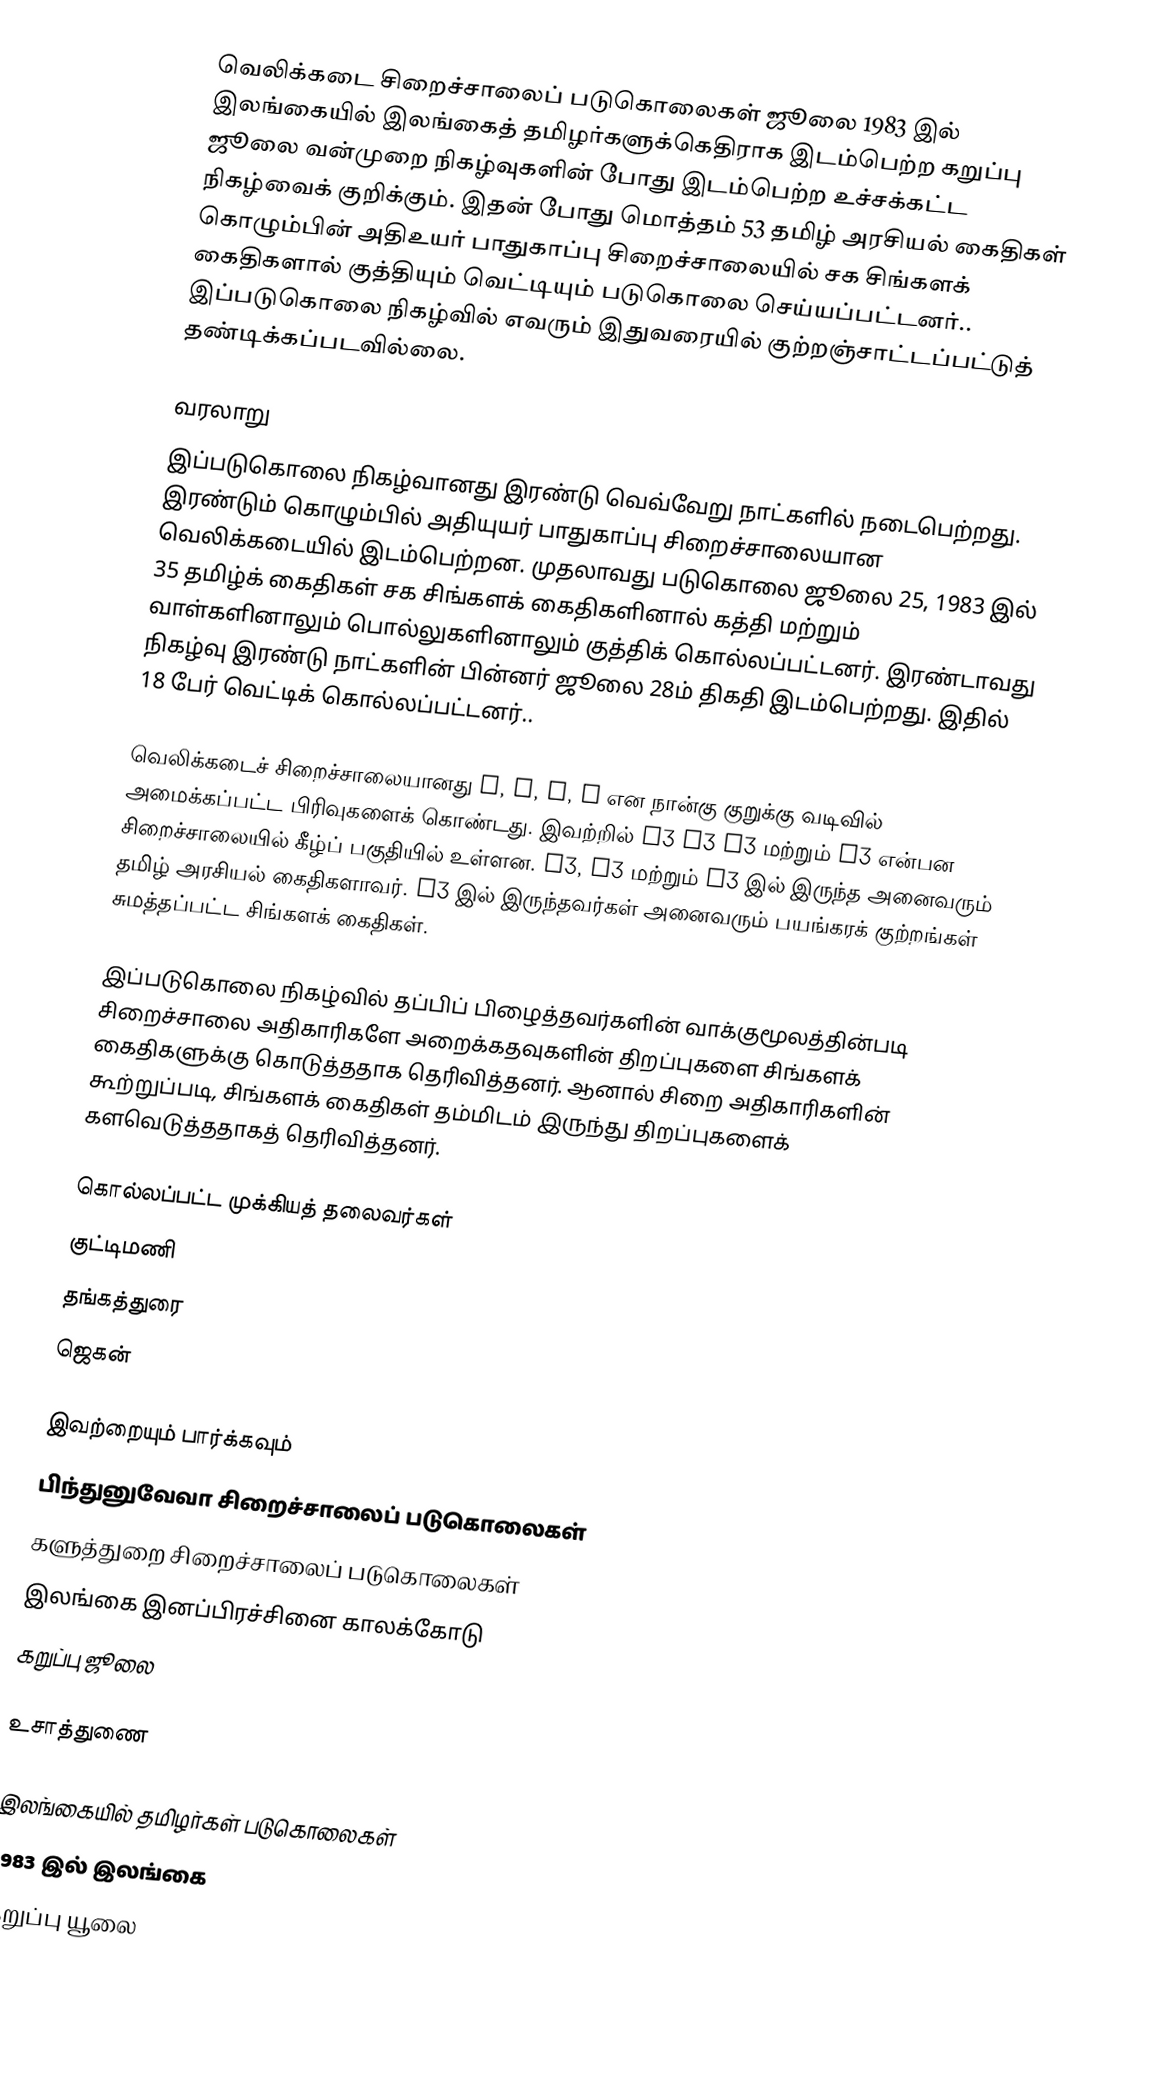
வெலிக்கடை சிறைச்சாலைப் படுகொலைகள் ஜூலை 1983 இல் இலங்கையில் இலங்கைத் தமிழர்களுக்கெதிராக இடம்பெற்ற கறுப்பு ஜூலை வன்முறை நிகழ்வுகளின் போது இடம்பெற்ற உச்சக்கட்ட நிகழ்வைக் குறிக்கும். இதன் போது மொத்தம் 53 தமிழ் அரசியல் கைதிகள் கொழும்பின் அதிஉயர் பாதுகாப்பு சிறைச்சாலையில் சக சிங்களக் கைதிகளால் குத்தியும் வெட்டியும் படுகொலை செய்யப்பட்டனர்.. இப்படுகொலை நிகழ்வில் எவரும் இதுவரையில் குற்றஞ்சாட்டப்பட்டுத் தண்டிக்கப்படவில்லை.

வரலாறு
இப்படுகொலை நிகழ்வானது இரண்டு வெவ்வேறு நாட்களில் நடைபெற்றது. இரண்டும் கொழும்பில் அதியுயர் பாதுகாப்பு சிறைச்சாலையான வெலிக்கடையில் இடம்பெற்றன. முதலாவது படுகொலை ஜூலை 25, 1983 இல் 35 தமிழ்க் கைதிகள் சக சிங்களக் கைதிகளினால் கத்தி மற்றும் வாள்களினாலும் பொல்லுகளினாலும் குத்திக் கொல்லப்பட்டனர். இரண்டாவது நிகழ்வு இரண்டு நாட்களின் பின்னர் ஜூலை 28ம் திகதி இடம்பெற்றது. இதில் 18 பேர் வெட்டிக் கொல்லப்பட்டனர்..

வெலிக்கடைச் சிறைச்சாலையானது A, B, C, D என நான்கு குறுக்கு வடிவில் அமைக்கப்பட்ட பிரிவுகளைக் கொண்டது. இவற்றில் A3 B3 C3 மற்றும் D3 என்பன சிறைச்சாலையில் கீழ்ப் பகுதியில் உள்ளன. B3, C3 மற்றும் D3 இல் இருந்த அனைவரும் தமிழ் அரசியல் கைதிகளாவர். A3 இல் இருந்தவர்கள் அனைவரும் பயங்கரக் குற்றங்கள் சுமத்தப்பட்ட சிங்களக் கைதிகள்.

இப்படுகொலை நிகழ்வில் தப்பிப் பிழைத்தவர்களின் வாக்குமூலத்தின்படி சிறைச்சாலை அதிகாரிகளே அறைக்கதவுகளின் திறப்புகளை சிங்களக் கைதிகளுக்கு கொடுத்ததாக தெரிவித்தனர். ஆனால் சிறை அதிகாரிகளின் கூற்றுப்படி, சிங்களக் கைதிகள் தம்மிடம் இருந்து திறப்புகளைக் களவெடுத்ததாகத் தெரிவித்தனர்.

கொல்லப்பட்ட முக்கியத் தலைவர்கள்
 குட்டிமணி
 தங்கத்துரை
 ஜெகன்

இவற்றையும் பார்க்கவும்
பிந்துனுவேவா சிறைச்சாலைப் படுகொலைகள்
களுத்துறை சிறைச்சாலைப் படுகொலைகள்
இலங்கை இனப்பிரச்சினை காலக்கோடு
கறுப்பு ஜூலை

உசாத்துணை

இலங்கையில் தமிழர்கள் படுகொலைகள்
1983 இல் இலங்கை
கறுப்பு யூலை